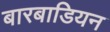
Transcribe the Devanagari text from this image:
बारबाडियन